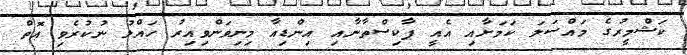
ކަޝްމީރުގެ މައްސަލަ ކަމަށާއި އެއީ ޕާކިސްތާނާއި އިންޑިއާ މިނިވަންވިއިރު ހައްލު ނުކުރެވި އޮތް